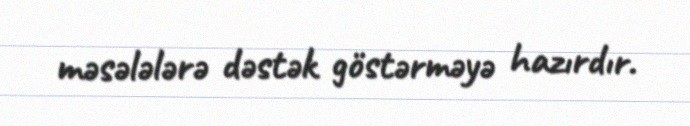
məsələlərə dəstək göstərməyə hazırdır.